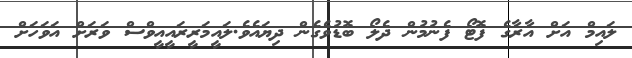
ލައިމް އަށް އާރާގެ ފޮޓޯ ފެނުމުން ދެލޯ ބޮޑުވެގެން ދިޔައެވެ.ލައީމަރީރައީއީވްސް ވަރަށް އަވަހަށް